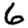
Digit: 6